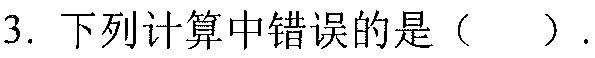
3. 下列计算中错误的是（  ）.